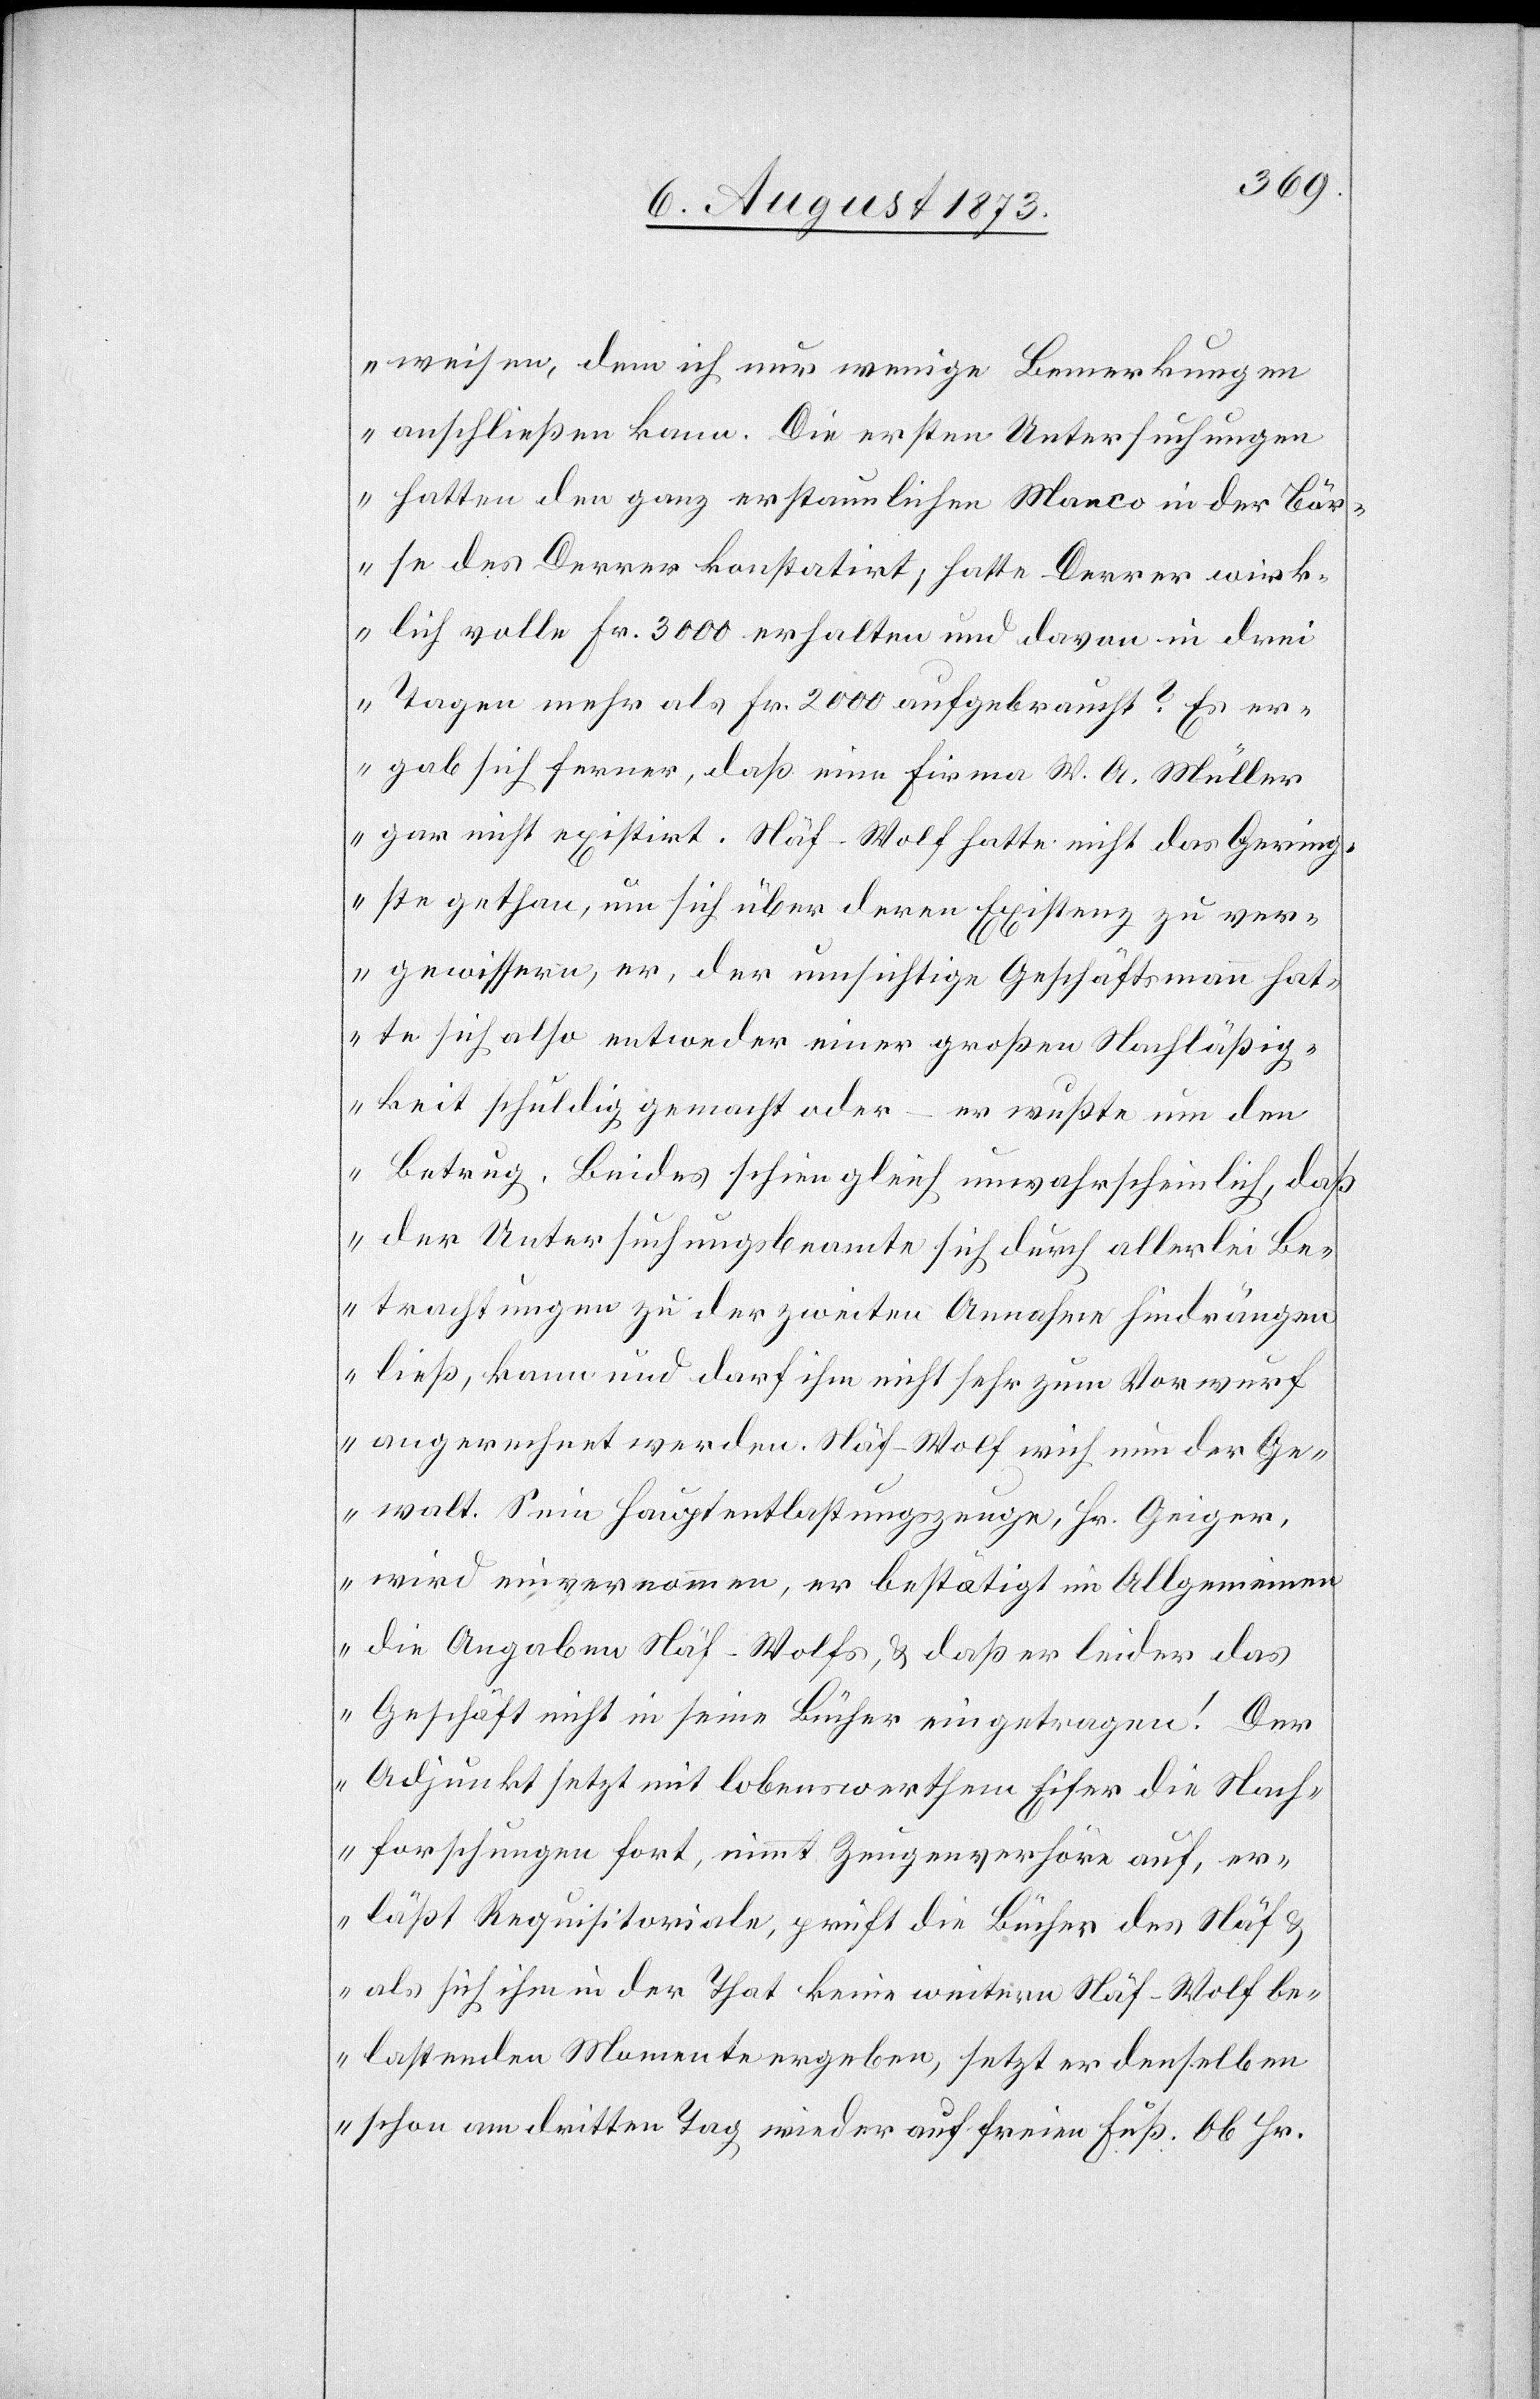
weisen, dem ich nur wenige Bemerkungen
anschließen kann. Die ersten Untersuchungen
hatten den ganz erstaunlichen Manco in der Bör¬
se des Derrer konstatirt; hatte Derrer wirk¬
lich volle Fr. 3 000 erhalten und davon in drei
Tagen mehr als Fr. 2 000 aufgebraucht? Es er¬
gab sich ferner, daß eine Firma W. A. Müller
gar nicht existirt. Näf-Wolf hatte nicht das Gering¬
ste gethan, um sich über deren Existenz zu ver¬
gewissern, er, der umsichtige Geschäftsmann hat¬
te sich also entweder einer großen Nachläßig¬
keit schuldig gemacht oder – er wußte um den
Betrug. Beides schien gleich unwahrscheinlich, daß
der Untersuchungsbeamte sich durch allerlei Be¬
trachtungen zu der zweiten Annahme hindrängen
ließ, kann und darf ihm nicht sehr zum Vorwurf
angerechnet werden. Näf-Wolf wich nun der Ge¬
walt. Sein Hauptentlastungszeuge, Hr. Geiger,
wird einvernommen, er bestätigt im Allgemeinen
die Angaben Näf-Wolfs, & daß er leider das
Geschäft nicht in seine Bücher eingetragen! Der
Adjunkt setzt mit lobenswerthem Eifer die Nach¬
forschungen fort, nimmt Zeugenverhöre auf, er¬
läßt Requisitoriale, prüft die Bücher des Näf &
als sich ihm in der That keine weitern Näf-Wolf be¬
lastenden Momente ergeben, setzt er denselben
schon am dritten Tag wieder auf freien Fuß. Ob Hr.